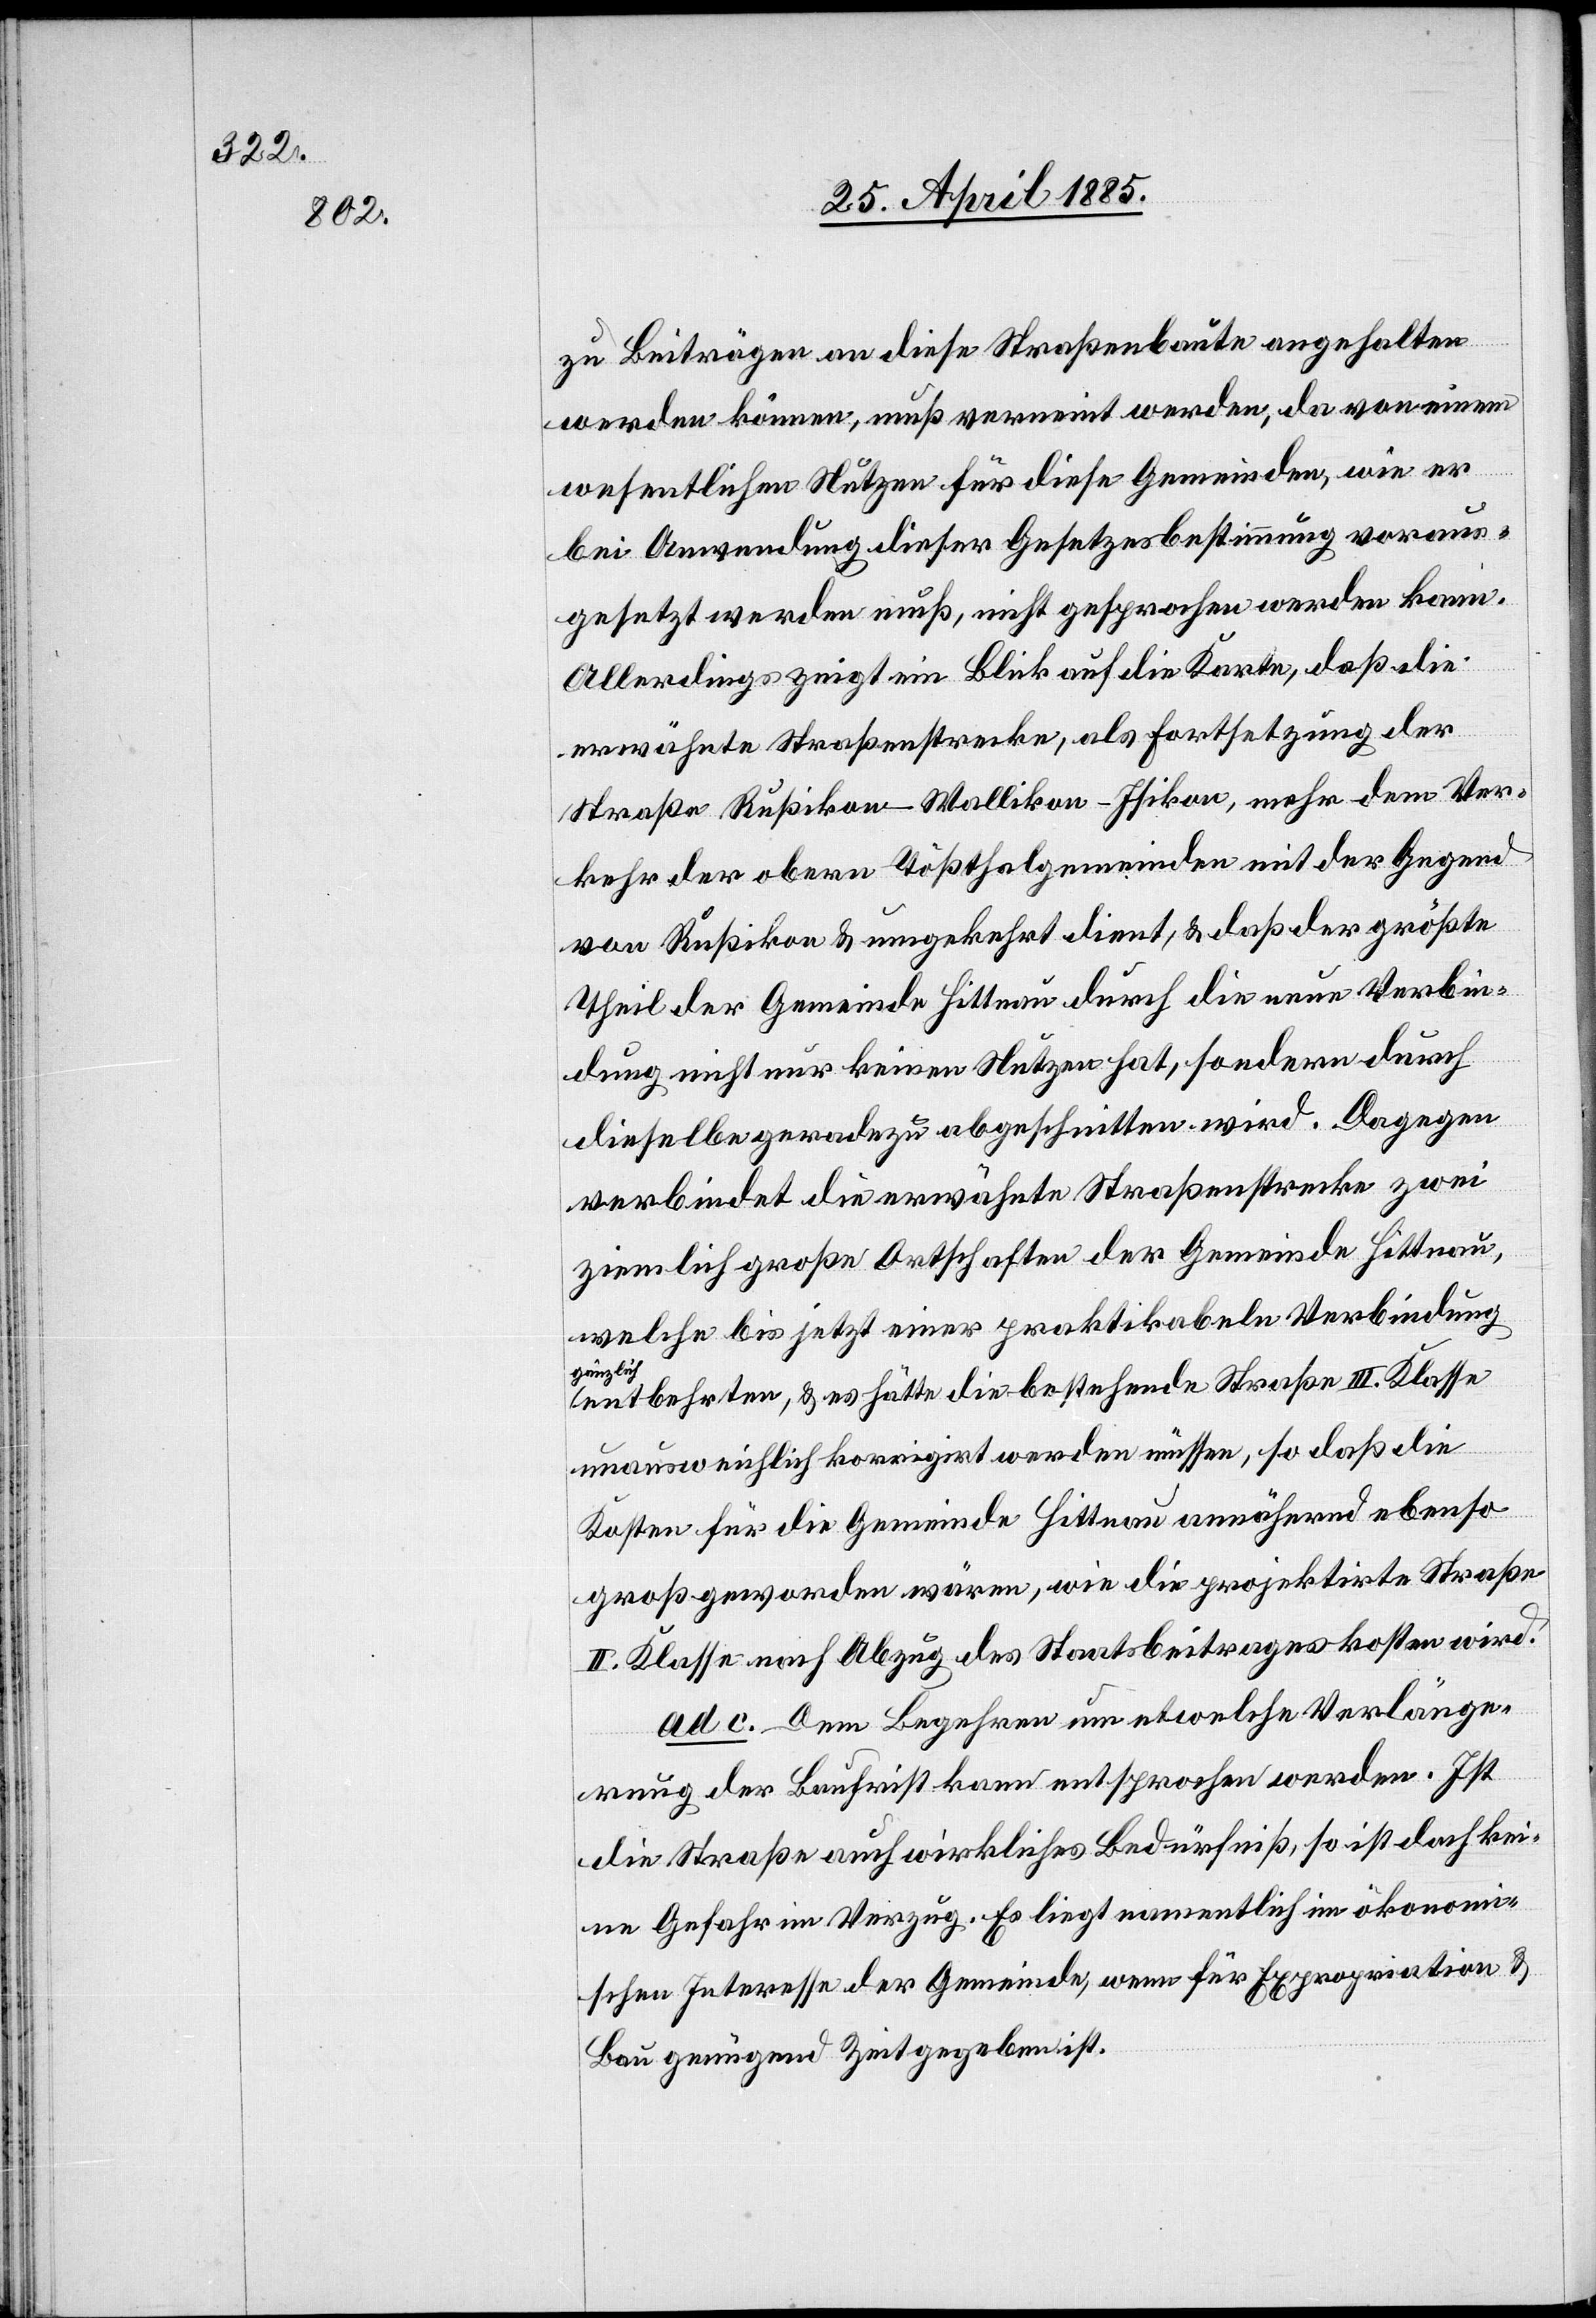
zu Beiträgen an diese Straßenbaute angehalten
werden können, muß verneint werden, da von einem
wesentlichen Nutzen für diese Gemeinden, wie er
bei Anwendung dieser Gesetzesbestimmung voraus¬
gesetzt werden muß, nicht gesprochen werden kann.
Allerdings zeigt ein Blick auf die Karte, daß die
erwähnte Straßenstrecke, als Fortsetzung der
Straße Rußikon–Wallikon–Isikon, mehr dem Ver¬
kehr der obern Tößthalgemeinden mit der Gegend
von Rußikon & umgekehrt dient, & daß der größte
Theil der Gemeinde Hittnau durch die neue Verbin¬
dung nicht nur keinen Nutzen hat, sondern durch
dieselbe geradezu abgeschnitten wird. Dagegen
verbindet die erwähnte Straßenstrecke zwei
ziemlich große Ortschaften der Gemeinde Hittnau,
welche bis jetzt einer praktikabeln Verbindung
ziemlich
entbehrten, & es hätte die bestehende Straße III. Klasse
unausweichlich korrigirt werden müssen, so daß die
Kosten für die Gemeinde Hittnau annähernd ebenso
groß geworden wären, wie die projektirte Straße
II. Klasse nach Abzug des Staatsbeitrages kosten wird.
ad c. Dem Begehren um etwelche Verlänge¬
rung der Baufrist kann entsprochen werden. Ist
die Straße auch wirkliches Bedürfniß, so ist doch kei¬
ne Gefahr im Verzug. Es liegt namentlich im ökonomi¬
schen Interesse der Gemeinde, wenn für Expropriation &
Bau genügend Zeit gegeben ist.